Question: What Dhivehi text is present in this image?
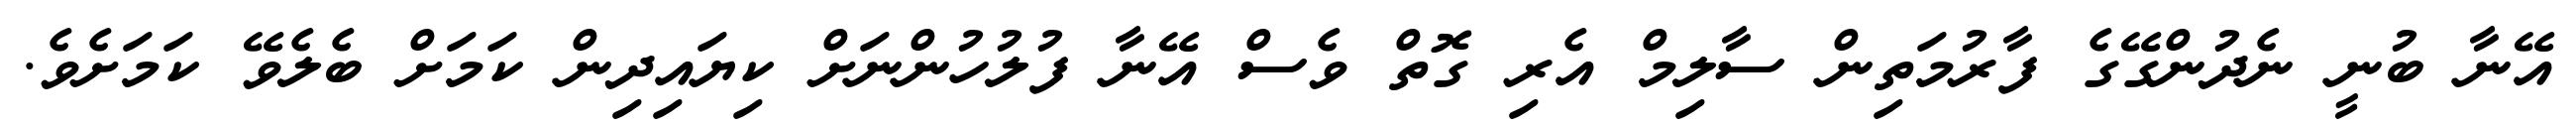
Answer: އޭނާ ބުނީ ނެދުންގޭގެ ފާރުމަތިން ސާލިމް އެރި ގޮތް ވެސް އޭނާ ފުލުހުންނަށް ކިޔައިދިން ކަމަށް ބެލެވޭ ކަމަށެވެ.